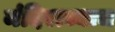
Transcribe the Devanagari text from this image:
मंदिराच्याच